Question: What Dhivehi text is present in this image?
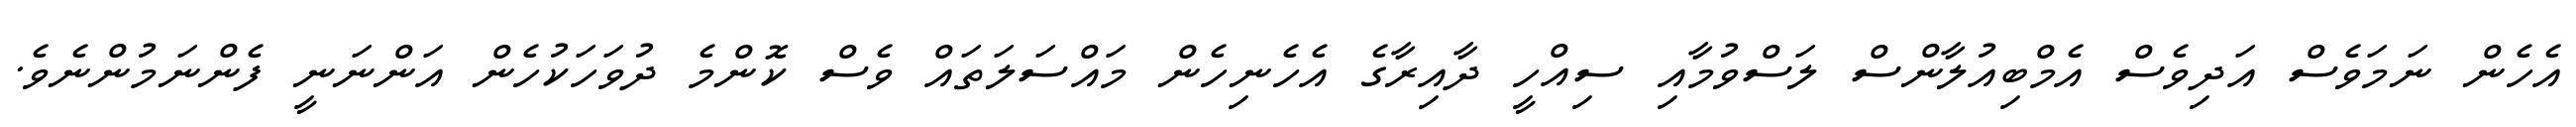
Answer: އެހެން ނަމަވެސް އަދިވެސް އެމްބިއުލާންސް ލަސްވުމާއި ސިއްހީ ދާއިރާގެ އެހެނިހެން މައްސަލަތައް ވެސް ކޮންމެ ދުވަހަކުހެން އަންނަނީ ފެންނަމުންނެވެ.